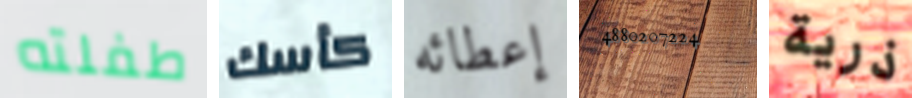
طفلته كأسك إعطائه 4880207224 ذرية